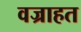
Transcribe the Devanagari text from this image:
वज्राहत